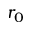
r _ { 0 }